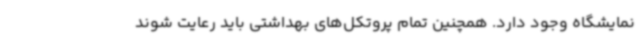
نمایشگاه وجود دارد. همچنین تمام پروتکل‌های بهداشتی باید رعایت شوند